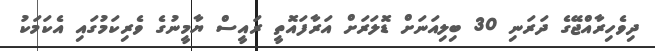
ދިވެހިރާއްޖޭގެ ދަރަނި 30 ބިލިއަނަށް ޑޮލަރަށް އަރާފައޮތީ ރައީސް ޔާމީނުގެ ވެރިކަމުގައި އެކަމަކު